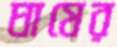
ঘাষের